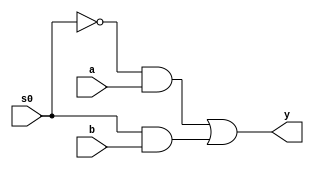
`timescale 1ns / 1ps
//////////////////////////////////////////////////////////////////////////////////
// Company: 
// Engineer: 
// 
// Design Name: 
// Module Name:    mux2 
// Project Name: 
// Target Devices: 
// Tool versions: 
// Description: 
//
// Dependencies: 
//
// Revision: 
// Revision 0.01 - File Created
// Additional Comments: 
//
//////////////////////////////////////////////////////////////////////////////////
module mux2(a,b,s0,y
    );

input a,b,s0;
output y;
assign y=((~s0)&a)|(s0&b);

/* gate level modeling
module mux1(a,b,s0,y);
input a,b,s0;
output y;
wire w1,w2,w3;
not n0(w1,s0);
and a0(w2,a,w1);
and a1(w3,s0,b);
or o0(y,w2,w3);
endmodule
*/
/* behavioral  modeling
module mux1(a,b,s0,y);
input a,b,s0;
output y;
reg y;
always@(a,b,s0)
begin
if(s0==0)
y=a;
else 
y=b;
endmodule
*/

endmodule